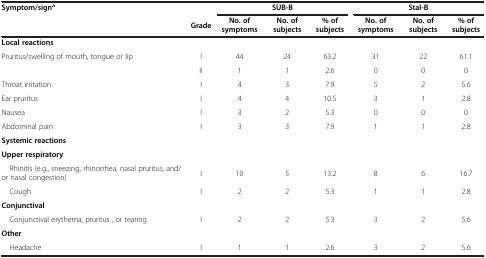
| Symptom/signa |  | <COLSPAN=3> SUB-B | <COLSPAN=3> Stal-B |
 |  | Grade | No. of symptoms | No. of subjects | % of subjects | No. of symptoms | No. of subjects | % of subjects |
 | --- | --- | --- | --- | --- | --- | --- | --- |
 | Local reactions |  |  |  |  |  |  |  |
 | <ROWSPAN=2> Pruritus/swelling of mouth, tongue or lip | I | 44 | 24 | 63.2 | 31 | 22 | 61.1 |
 | II | 1 | 1 | 2.6 | 0 | 0 | 0 |
 | Throat irritation | I | 4 | 3 | 7.9 | 5 | 2 | 5.6 |
 | Ear pruritus | I | 4 | 4 | 10.5 | 3 | 1 | 2.8 |
 | Nausea | I | 3 | 2 | 5.3 | 0 | 0 | 0 |
 | Abdominal pain | I | 3 | 3 | 7.9 | 1 | 1 | 2.8 |
 | Systemic reactions |  |  |  |  |  |  |  |
 | Upper respiratory |  |  |  |  |  |  |  |
 | Rhinitis (e.g., sneezing, rhinorrhea, nasal pruritus, and/or nasal congestion) | I | 10 | 5 | 13.2 | 8 | 6 | 16.7 |
 | Cough | I | 2 | 2 | 5.3 | 1 | 1 | 2.8 |
 | Conjunctival |  |  |  |  |  |  |  |
 | Conjunctival erythema, pruritus , or tearing | I | 2 | 2 | 5.3 | 3 | 2 | 5.6 |
 | Other |  |  |  |  |  |  |  |
 | Headache | I | 1 | 1 | 2.6 | 3 | 2 | 5.6 |